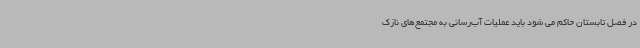
در فصل تابستان حاکم می شود باید عملیات آب‌رسانی به مجتمع‌های نازک